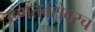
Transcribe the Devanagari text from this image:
उष्णतेबरोबरच